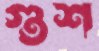
গুশ